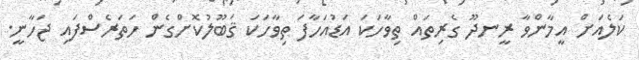
ކަލެއަށް އީމާންވާ ރީނދޫ ގެރިތައް ތިވާހަކަ އަޑުއަހާފަ ތިވާހަކަ ޤަބޫލުކޮށްގެން ހަތަރެސްފައި ޖަހާނީ.